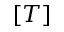
[ T ]